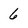
Character: 6